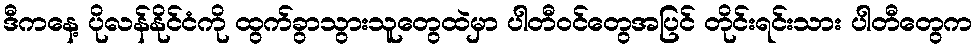
ဒီကနေ့ ပိုလန်နိုင်ငံကို ထွက်ခွာသွားသူတွေထဲမှာ ပါတီဝင်တွေအပြင် တိုင်းရင်းသား ပါတီတွေက